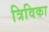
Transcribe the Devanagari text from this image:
त्रिविका